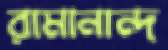
রামানান্দ